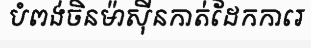
បំពង់ចិនម៉ាស៊ីនកាត់ដែកការេ